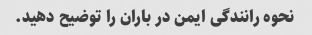
نحوه رانندگی ایمن در باران را توضیح دهید.